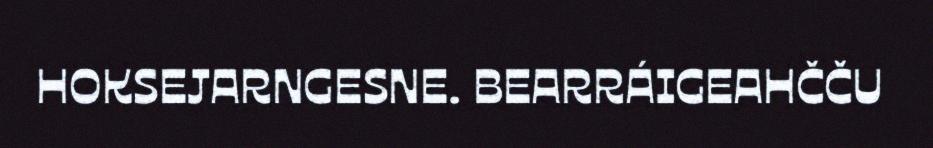
HOKSEJARNGESNE. BEARRÁIGEAHČČU